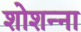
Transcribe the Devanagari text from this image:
शोशन्ना